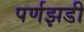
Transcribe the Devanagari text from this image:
पर्णझडी